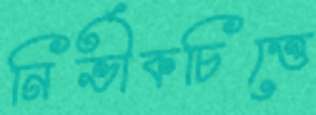
নির্ভীকচিত্তে